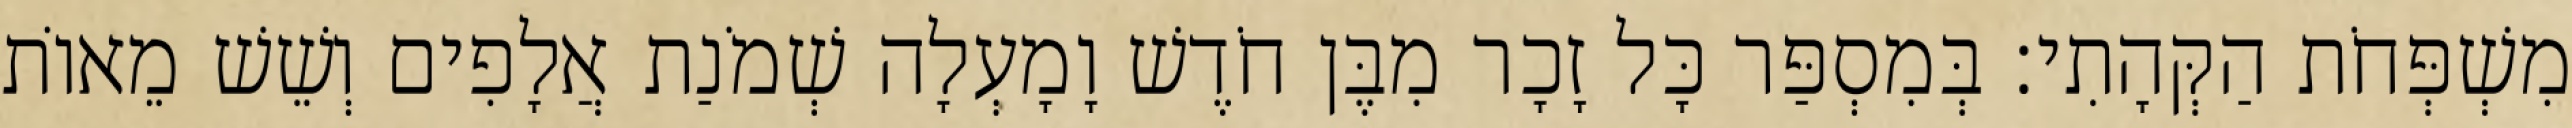
מִשְׁפְּחֹת הַקְּהָתִי׃ בְּמִסְפַּר כָּל זָכָר מִבֶּן חֹדֶשׁ וָמָעְלָה שְׁמֹנַת אֲלָפִים וְשֵׁשׁ מֵאוֹת